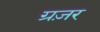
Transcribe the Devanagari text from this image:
ग्रज़र